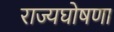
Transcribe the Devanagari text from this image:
राज्यघोषणा